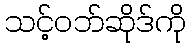
သင့်ဝဘ်ဆိုဒ်ကို